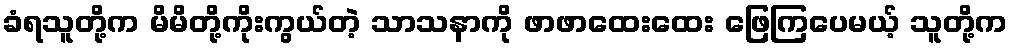
ခံရသူတို့က မိမိတို့ကိုးကွယ်တဲ့ သာသနာကို ဖာဖာထေးထေး ဖြေကြပေမယ့် သူတို့က